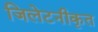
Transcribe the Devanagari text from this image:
जिलेटनीकृत